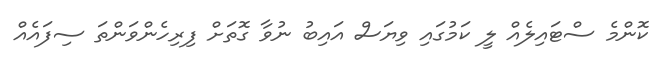
ކޮންމެ ސްޓައިލެއް ލީ ކަމުގައި ވިޔަސް އައިބު ނުވާ ގޮތަށް ފިރިހެންވަންތަ ސިފައެއް